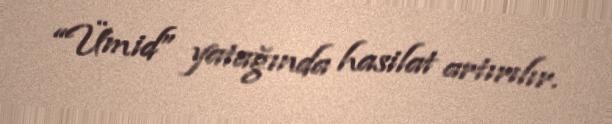
“Ümid” yatağında hasilat artırılır.